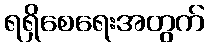
ရရှိစေရေးအတွက်